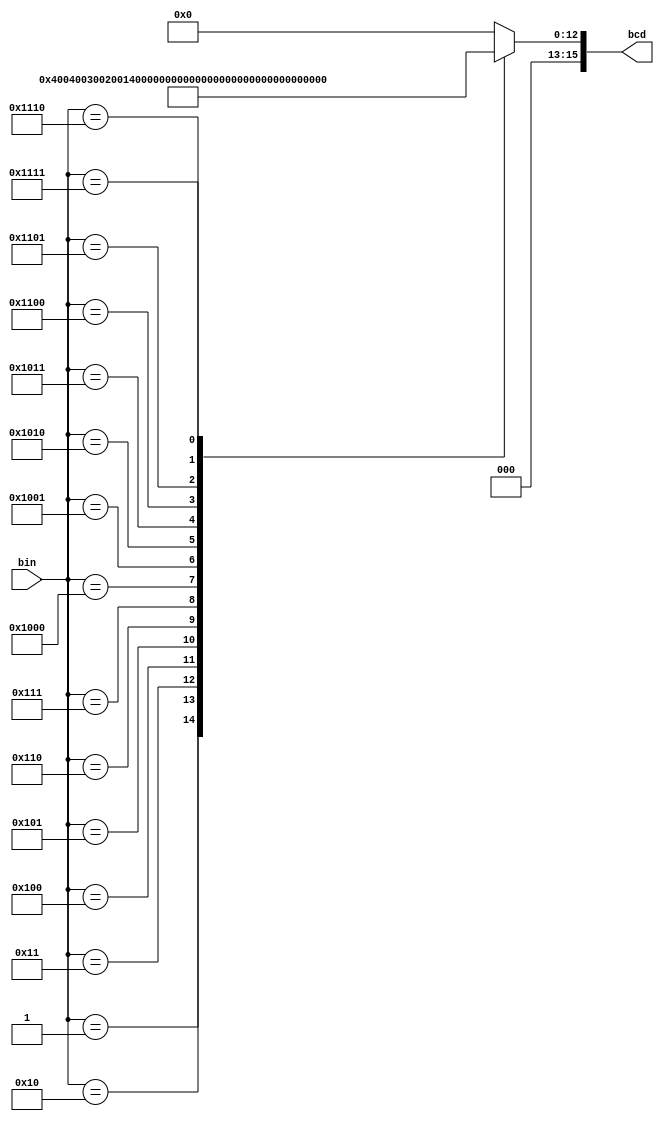
`timescale 1ns / 1ps
//////////////////////////////////////////////////////////////////////////////////
// Company: 
// Engineer: 
// 
// Design Name: 
// Module Name: Modulo0_00
// Project Name: 
// Target Devices: 
// Tool Versions: 
// Description: 
// 
// Dependencies: 
// 
// Revision:
// Revision 0.01 - File Created
// Additional Comments:
// 
//////////////////////////////////////////////////////////////////////////////////


module Modulo0_00(
    input [12:0] bin,
    output reg [15:0] bcd
);

always @(*) begin
    case(bin)
        13'h0000: bcd = 16'h0000; // 0
        13'h0001: bcd = 16'h0001; // 1
        13'h0010: bcd = 16'h0002; // 2
        13'h0011: bcd = 16'h0003; // 3
        13'h0100: bcd = 16'h0004; // 4
        13'h0101: bcd = 16'h0005; // 5
        13'h0110: bcd = 16'h0006; // 6
        13'h0111: bcd = 16'h0007; // 7
        13'h1000: bcd = 16'h0008; // 8
        13'h1001: bcd = 16'h0009; // 9
        13'h1010: bcd = {4'h1,4'h0,4'h0,4'h0}; // 10
        13'h1011: bcd = {4'h1,4'h0,4'h0,4'h1}; // 11
        13'h1100: bcd = {4'h1,4'h0,4'h1,4'h0}; // 12
        13'h1101: bcd = {4'h1,4'h0,4'h1,4'h1}; // 13
        13'h1110: bcd = {4'h1,4'h1,4'h0,4'h0}; // 14
        13'h1111: bcd = {4'h1,4'h1,4'h0,4'h1}; // 15
        default: bcd = 16'h0000; // 0
    endcase
end

endmodule